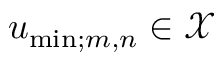
u _ { \mathrm { m i n } ; m , n } \in \mathcal X